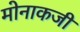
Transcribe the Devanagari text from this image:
मोनाकजी